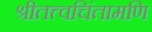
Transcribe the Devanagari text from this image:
श्रीतत्त्वचिंतामणि